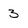
Character: 3